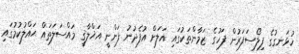
ހުޅަނގުގެ ފިލޯސަފަރުން ފަހުގެ ޒަމާންތަކުގައި އަލަށް އުފެދުނު ފަންނީ އަޚްލާޤީ މައްސަލަތައް ޙައްލުކުމުގައި